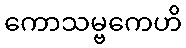
ကောသမ္ဗကေဟိ